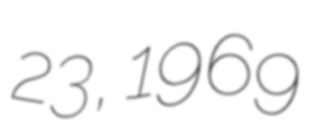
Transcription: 23, 1969